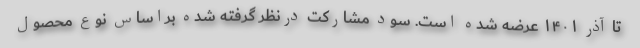
تا آذر ۱۴۰۱ عرضه شده است. سود مشارکت درنظر گرفته شده براساس نوع محصول